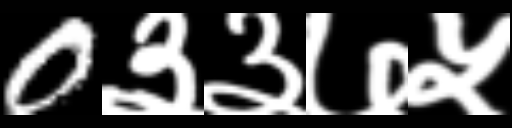
Text: 0३३७५